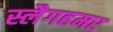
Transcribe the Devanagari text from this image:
स्लैगहमर